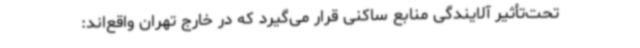
تحت‌تأثیر آلایندگی منابع ساکنی قرار می‌گیرد که در خارج تهران واقع‌اند: